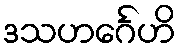
ဒသဟင်္ဂေဟိ